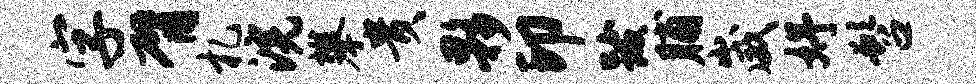
字臂札浣攀贵夥印跋脯崴妤髫